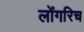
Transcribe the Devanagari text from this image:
लोंगरिच